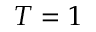
T = 1